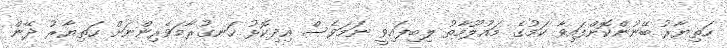
ހަތިޔާރު ބޭނުންކޮށްފައިވާ ކަމުގެ މައުލޫމާތު ލިބިފައިވީ ނަމަވެސް އިދިކޮޅު ހަނގުރާމަވެރިންނަށް ހަތިޔާރު ދޭން